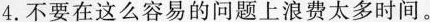
4.不要在这么容易的问题上浪费太多时间.